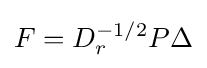
F=D_{r}^{-1/2}P\Delta